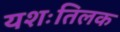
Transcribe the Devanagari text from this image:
यशःतिलक